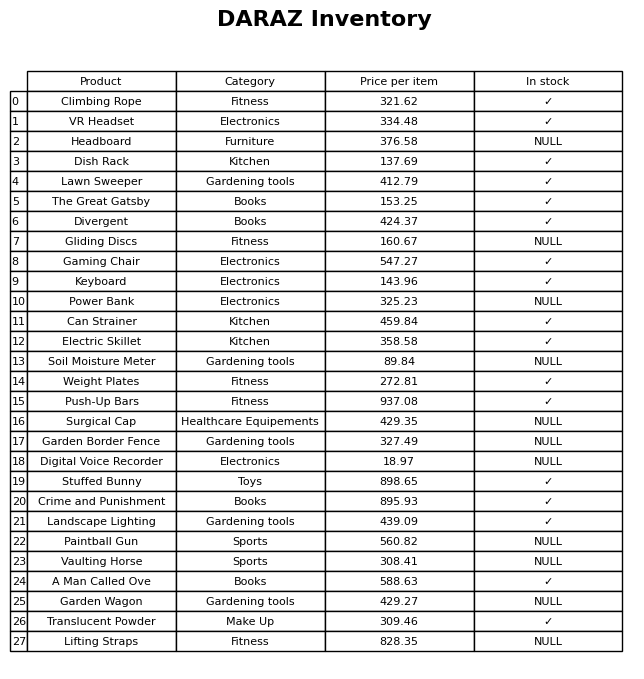
question: What is the price for Dish Rack?
answer: The price of Dish Rack is 137.69.